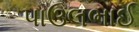
પાઉલભાઈ